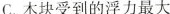
C.木块受到的浮力最大